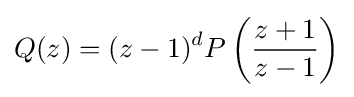
Q(z)=(z-1)^{d}P\left({{z+1} \over {z-1}}\right)